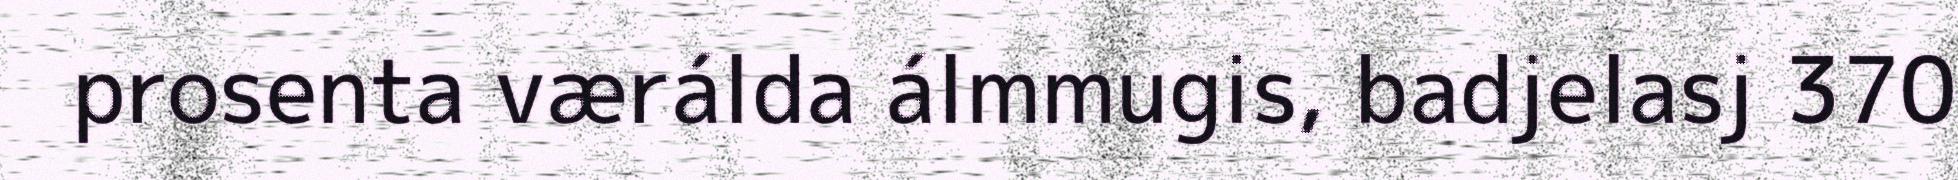
prosenta værálda álmmugis, badjelasj 370